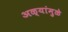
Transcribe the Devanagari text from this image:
अळ्यांमुळे